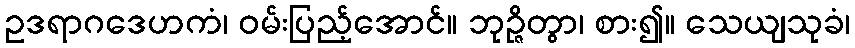
ဥဒရာဂဒေဟကံ၊ ဝမ်းပြည့်အောင်။ ဘုဉ္ဇိတွာ၊ စား၍။ သေယျသုခံ၊